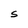
Character: S